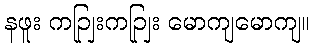
နဖူး ကဉျြးကဉျြး မောကျမောကျ။